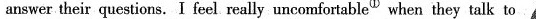
answer their questions. I feel really uncomfortable ① when they talk to